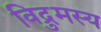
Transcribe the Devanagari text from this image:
विद्रुमस्य